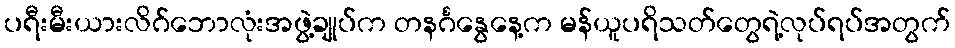
ပရီးမီးယားလိဂ်ဘောလုံးအဖွဲ့ချုပ်က တနင်္ဂနွေနေ့က မန်ယူပရိသတ်တွေရဲ့လုပ်ရပ်အတွက်